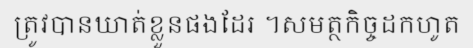
ត្រូវបានឃាត់ខ្លួនផងដែរ ។សមត្ថកិច្ចដកហូត